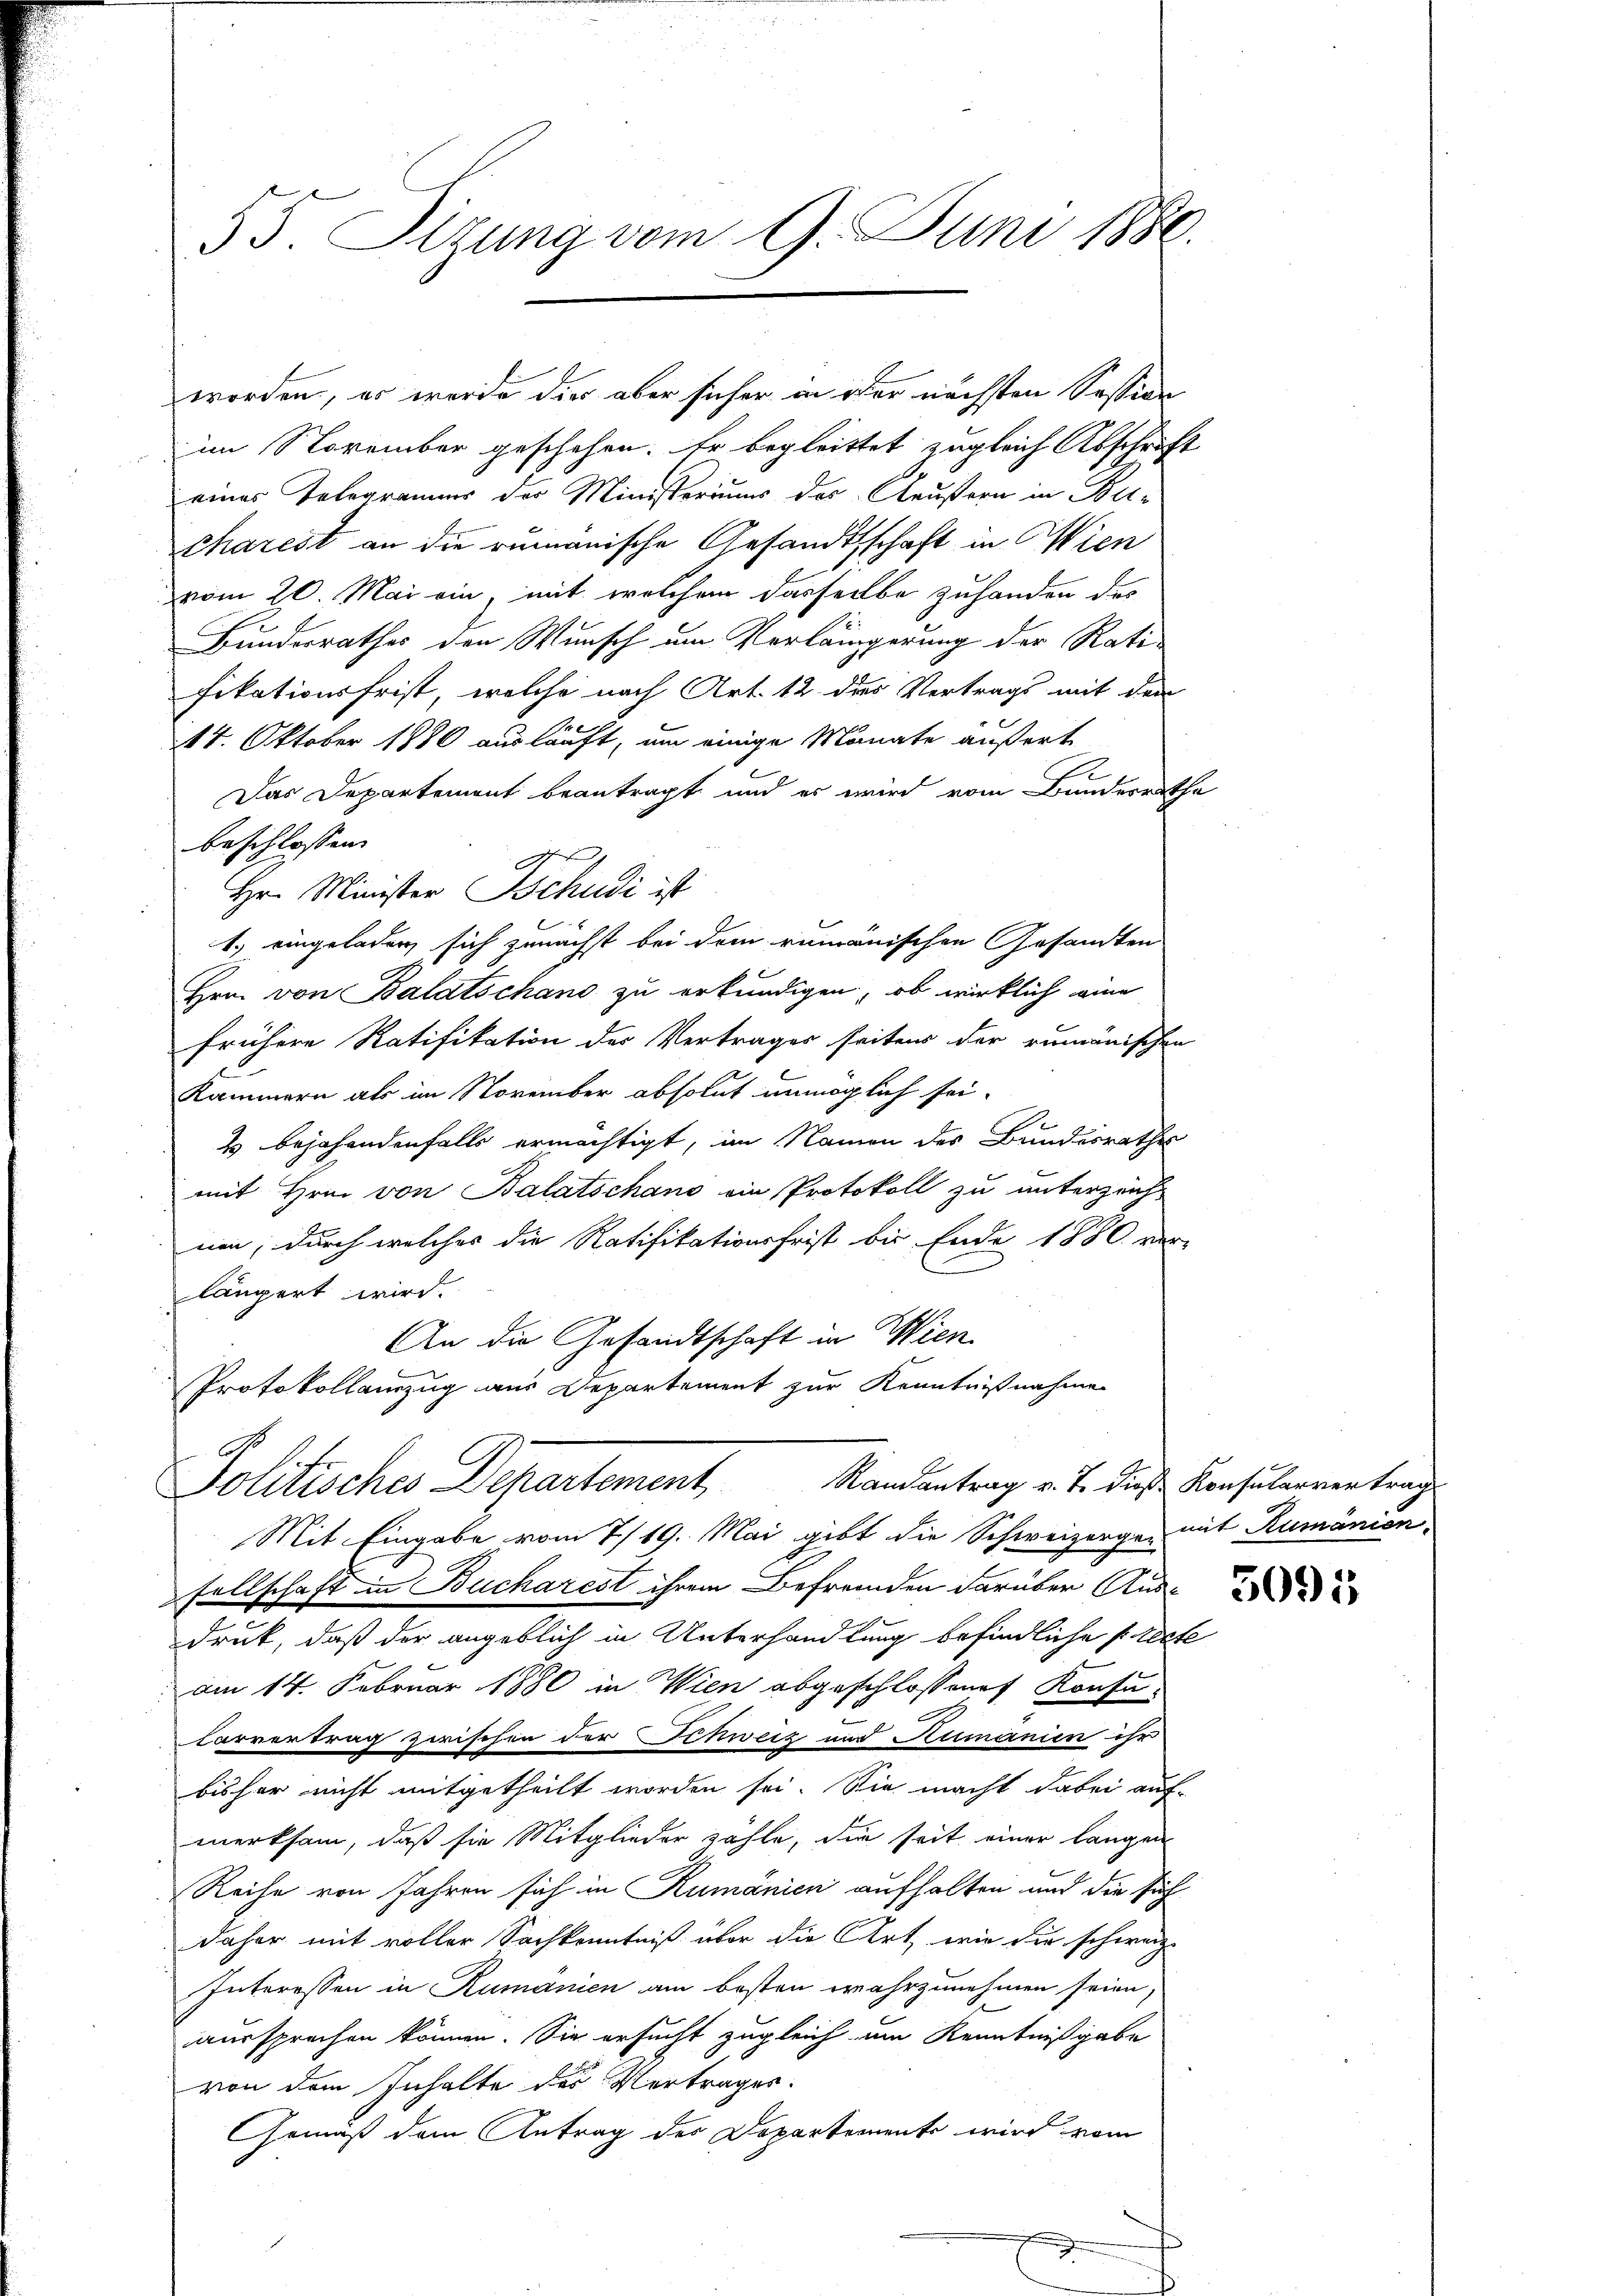
55. Sizung vom 9. Juni 1880.

im November geschehen. Er begleittet zugleich Abschrift
eines Telegramms der Ministeriums des Aeußern in Be¬
Scharest an die rumänische Gesandtschaft in Wien
vom 20. Mai ein mit welchem dasselbe zuhanden das
Bundesrathes den Wunsch um Verlängerung der Ratifikationsfrist, welche nach Art. 12 dies Vertrags mit dem
14. Oktober 1880 ausläuft, um einige Monate äußert
e
Das Departement beantragt und es wird vom Bunderrathe
beschlossen:
1.) eingeladen, sich zunächst bei dem rumänischen Gesandten
Hrn. von Balatschano zu erkundigen, ob wirklich eine
frühere Ratifikation der Vertrages seitens der rumänischen
Kammern als im November absolut unmöglich sei.
2 bejahendenfalls ermächtigt, im Namen des Bundesrathes
mit Hrn. von Balatschans ein Protokoll zu unterzeich-
nen, durch welches die Ratifikationsfrist bis Ende 1880 ver-
längert wird.
An die Gesandtschaft in Wien
Protokollanzug aus Departement zur Kenntnißnahme
Politisches Departement, Randantrag v. J. die Konsularrentrage
Mit Eingabe vom 7./19. Mai gibt die Schweizorgen mit Rumänion
sellschaft in Bucharest ihrem Befremden darüber Ausdruck, daß der angeblich in Unterhandlung befindliche Precte
am 14. Februar 1880 in Wien abgeschlossenes Konsu¬
Corvertrag zwischen der Schweiz und Rumänien ihr
bisher nicht mitgetheilt worden sei. Sie macht dabei auf-
merksam, daß sie Mitglieder zähle, die seit einer langen
Reihe von Jahren sich in Rumänien aufhalten und die sich
daher mit voller Sachkenntniß über die Art, wie die schweize
Interessen in Rumänien am besten wahrzunehmen seien,
aussprechen können. Sie ersucht zugleich um Kenntnißgabe
von dem Inhalte des Vertrages.
Gemäß dem Antrag des Departemente wird vom

worden, er wurde dies aber sicher in oder nächsten Session

Hr. Minister Tschudi ist

5095